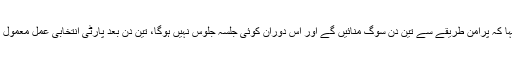
اے این پی کے سربراہ نے کہا کہ پرامن طریقے سے تین دن سوگ منائیں گے اور اس دوران کوئی جلسہ جلوس نہیں ہوگا، تین دن بعد پارٹی انتخابی عمل معمول کے مطابق شروع کرے گی۔